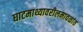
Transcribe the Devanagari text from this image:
घाटमाथ्यावरीलमावळांत